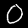
Digit: 0